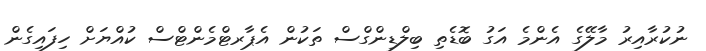
ނުކުރާއިރު މާލޭގެ އެންމެ އަގު ބޮޑެތި ބިލްޑިންގްސް ތަކުން އެޕާރޓްމެންޓްސް ކުއްޔަށް ހިފައިގެން